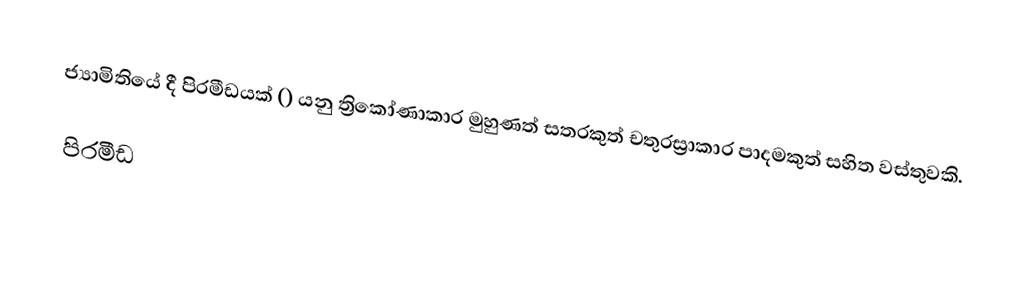
ජ්‍යාමිතියේ දී පිරමීඩයක් () යනු ත්‍රිකෝණාකාර මුහුණත් සතරකුත් චතුරස්‍රාකාර පාදමකුත් සහිත වස්තුවකි.

පිරමීඩ